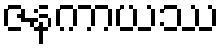
ဇနကာယဿ